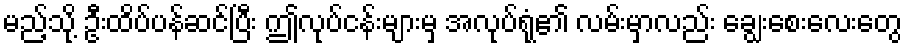
မည့်သို့ ဦးထိပ်ပန်ဆင်ပြီး ဤလုပ်ငန်းများမှ အလုပ်ရုံ၏ လမ်းမှာလည်း ချွေးစေးလေးတွေ